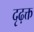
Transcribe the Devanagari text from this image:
दृढ़क्त